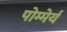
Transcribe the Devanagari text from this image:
पोम्मेर्य